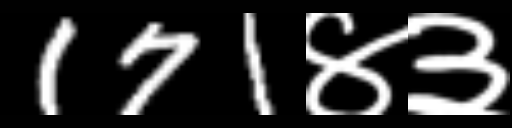
Text: 171४३